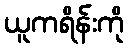
ယူကရိန်းကို